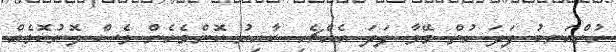
ހުތްއަނބު ފަދަ ހުތް މޭވާ ފަދަ އެއްޗެހި ކާއިރު ކޮންމެހެން ވެސް ލޮނުކޮޅެއް